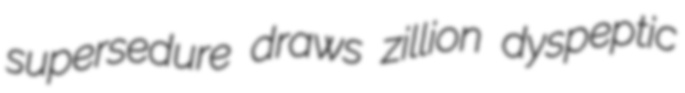
supersedure draws zillion dyspeptic